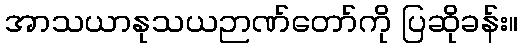
အာသယာနုသယဉာဏ်တော်ကို ပြဆိုခန်း။